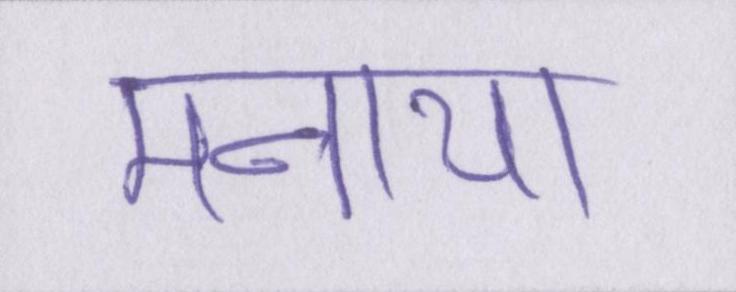
मनाया